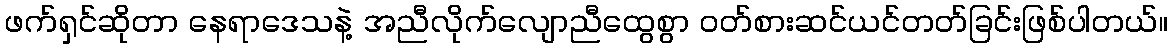
ဖက်ရှင်ဆိုတာ နေရာဒေသနဲ့ အညီလိုက်လျောညီထွေစွာ ဝတ်စားဆင်ယင်တတ်ခြင်းဖြစ်ပါတယ်။